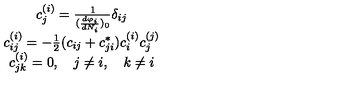
\begin{array} { c } { c _ { j } ^ { ( i ) } = \frac { 1 } { ( \frac { d \varphi _ { i } } { d N _ { i } } ) _ { 0 } } \delta _ { i j } } \\ { c _ { i j } ^ { ( i ) } = - \frac { 1 } { 2 } ( c _ { i j } + c _ { j i } ^ { * } ) c _ { i } ^ { ( i ) } c _ { j } ^ { ( j ) } } \\ { c _ { j k } ^ { ( i ) } = 0 , \quad j \neq i , \quad k \neq i } \\ \end{array}